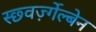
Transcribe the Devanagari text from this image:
स्छ्वर्ज़्गेल्बेन